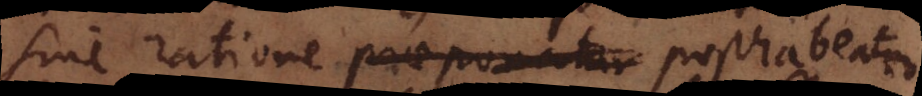
sine ratione praeponatur posthabeatur.